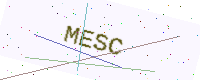
Text: MESC